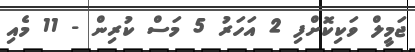
ޖަމީލް ވަކިކޮށްފި 2 އަހަރު 5 މަސް ކުރިން - 11 މެއި